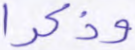
وذكرا